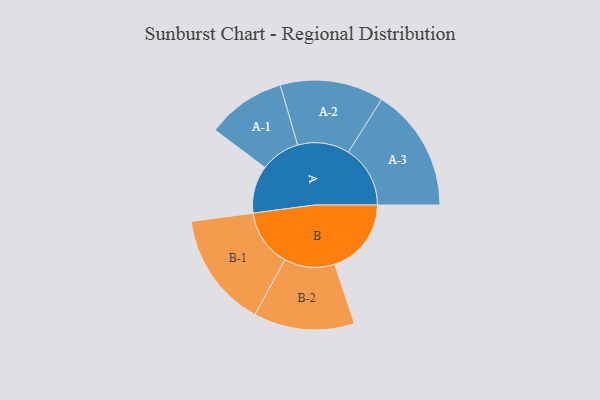
{"axis": {"x": "Segment", "y": "Value"}, "legend": ["", "A", "B"], "data": [{"x": "A", "y": 209, "type": ""}, {"x": "B", "y": 337, "type": ""}, {"x": "A-1", "y": 174, "type": "A"}, {"x": "A-2", "y": 228, "type": "A"}, {"x": "A-3", "y": 272, "type": "A"}, {"x": "B-1", "y": 253, "type": "B"}, {"x": "B-2", "y": 222, "type": "B"}]}